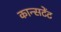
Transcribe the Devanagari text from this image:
कान्सटेंट